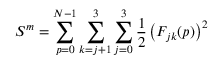
S ^ { m } = \sum _ { p = 0 } ^ { N - 1 } \sum _ { k = j + 1 } ^ { 3 } \sum _ { j = 0 } ^ { 3 } \frac { 1 } { 2 } \left( F _ { j k } ( p ) \right) ^ { 2 }